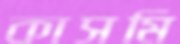
কাসমি